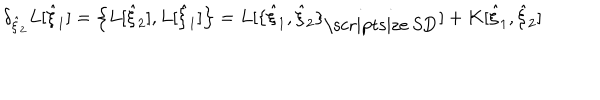
LaTeX: \delta _ { { \hat { \xi } } _ { 2 } } L [ { \hat { \xi } } _ { 1 } ] = \left\{ L [ { \hat { \xi } } _ { 2 } ] , L [ { \hat { \xi } } _ { 1 } ] \right\} = L [ \{ { \hat { \xi } } _ { 1 } , { \hat { \xi } } _ { 2 } \} _ { \mathrm { \scriptsize ~ S D } } ] + K [ { \hat { \xi } } _ { 1 } , { \hat { \xi } } _ { 2 } ]